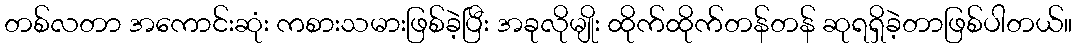
တစ်လတာ အကောင်းဆုံး ကစားသမားဖြစ်ခဲ့ပြီး အခုလိုမျိုး ထိုက်ထိုက်တန်တန် ဆုရရှိခဲ့တာဖြစ်ပါတယ်။